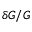
\delta G / G